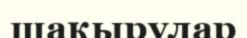
шақырулар